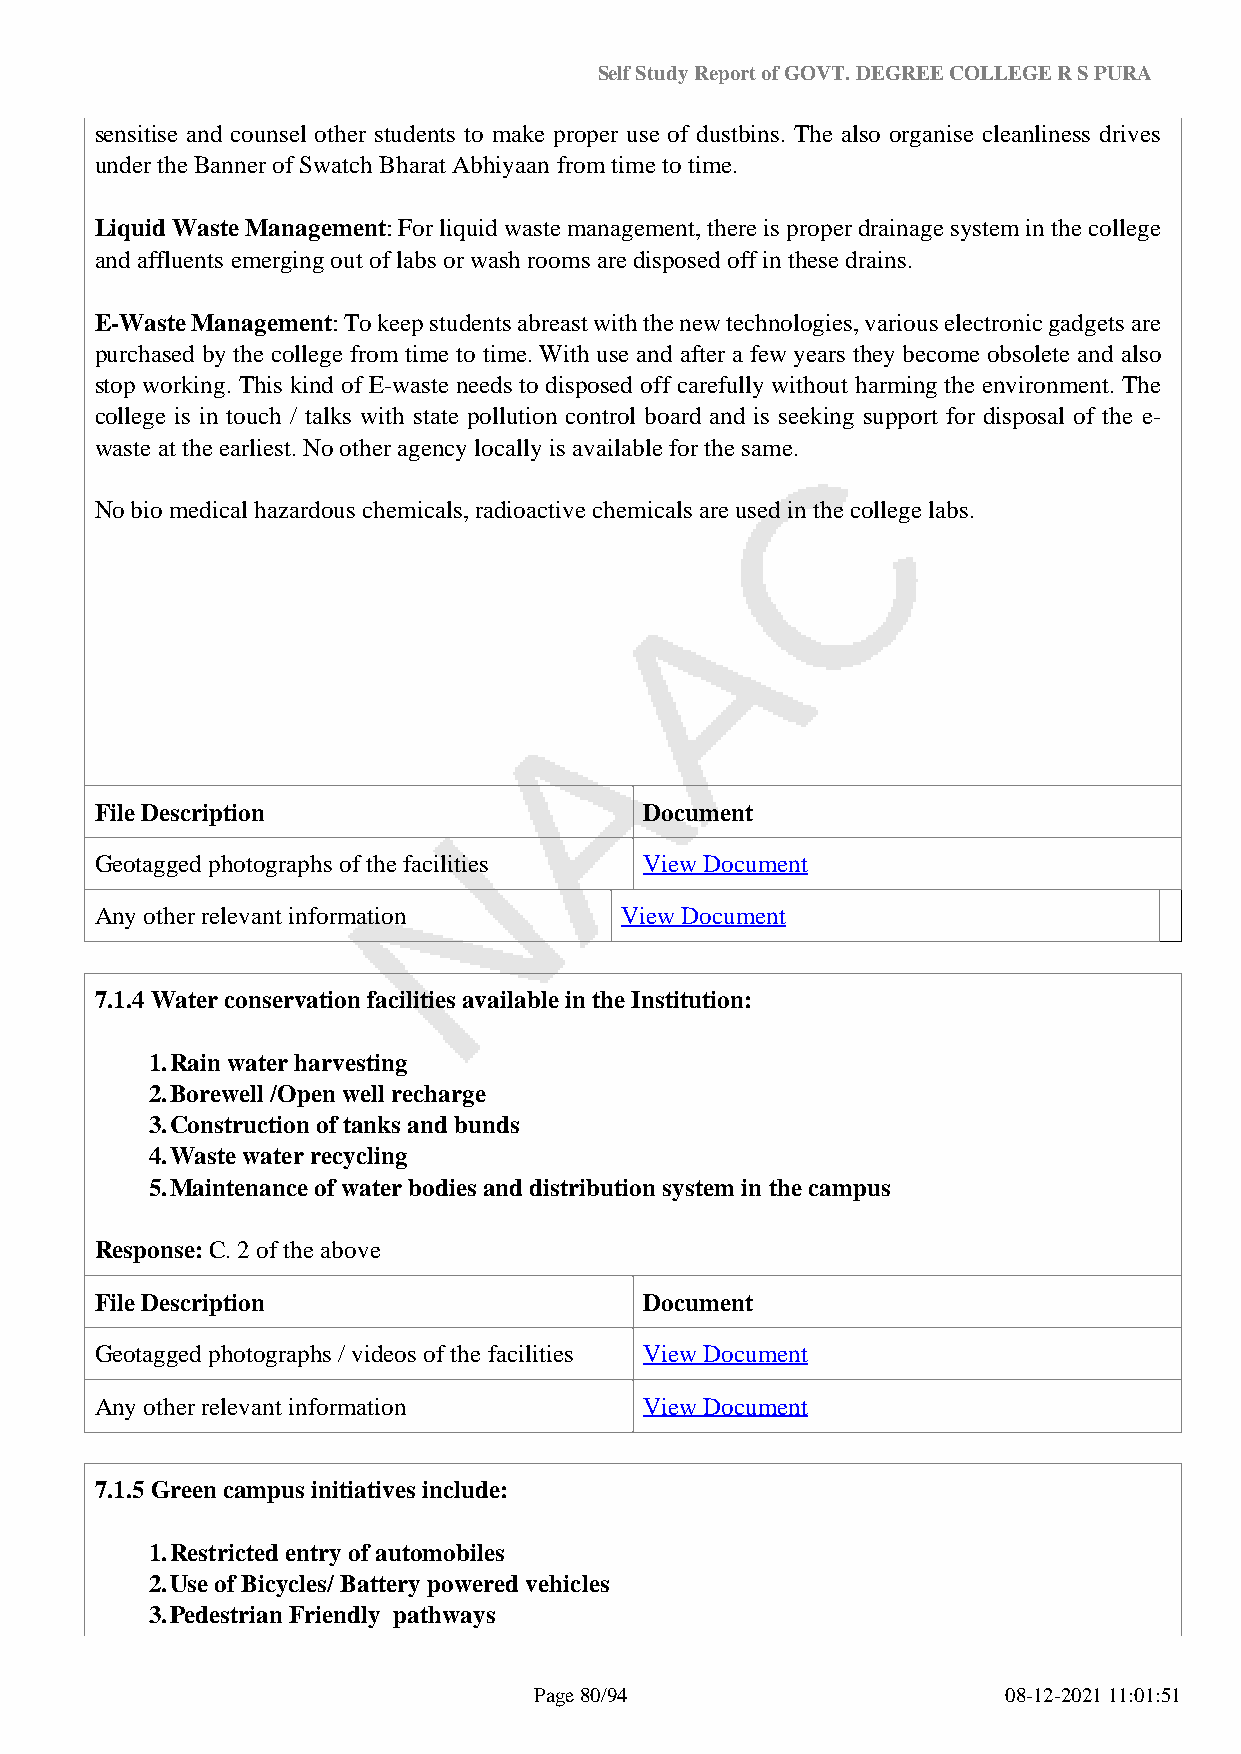
Self Study Report of GOVT. DEGREE COLLEGE R S PURA
 sensitise and counsel other students to make proper use of dustbins. The also organise cleanliness drives
 under the Banner of Swatch Bharat Abhiyaan from time to time.
 Liquid Waste Management: For liquid waste management, there is proper drainage system in the college
 and affluents emerging out of labs or wash rooms are disposed off in these drains.
 E-Waste Management: To keep students abreast with the new technologies, various electronic gadgets are
 purchased by the college from time to time. With use and after a few years they become obsolete and also
 stop working. This kind of E-waste needs to disposed off carefully without harming the environment. The
 college is in touch / talks with state pollution control board and is seeking support for disposal of the e-
 waste at the earliest. No other agency locally is available for the same.
 No bio medical hazardous chemicals, radioactive chemicals are used in the college labs.
 File Description                     Document
 Geotagged photographs of the facilities View Document
 Any other relevant information     View Document
 7.1.4 Water conservation facilities available in the Institution:
 1.Rain water harvesting
 2.Borewell /Open well recharge
 3.Construction of tanks and bunds
 4.Waste water recycling
 5.Maintenance of water bodies and distribution system in the campus
 Response: C. 2 of the above
 File Description                     Document
 Geotagged photographs / videos of the facilities View Document
 Any other relevant information       View Document
 7.1.5 Green campus initiatives include:
 1.Restricted entry of automobiles
 2.Use of Bicycles/ Battery powered vehicles
 3.Pedestrian Friendly pathways
 Page 80/94                      08-12-2021 11:01:51